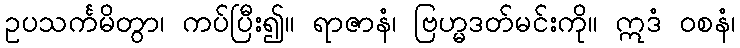
ဥပသင်္ကမိတွာ၊ ကပ်ပြီး၍။ ရာဇာနံ၊ ဗြဟ္မဒတ်မင်းကို။ ဣဒံ ဝစနံ၊